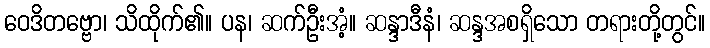
ဝေဒိတဗ္ဗော၊ သိထိုက်၏။ ပန၊ ဆက်ဦးအံ့။ ဆန္ဒာဒီနံ၊ ဆန္ဒအစရှိသော တရားတို့တွင်။